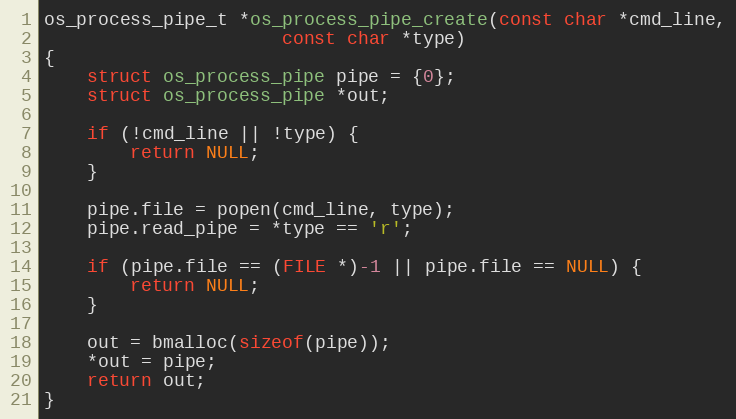
Language: C
os_process_pipe_t *os_process_pipe_create(const char *cmd_line,
					  const char *type)
{
	struct os_process_pipe pipe = {0};
	struct os_process_pipe *out;

	if (!cmd_line || !type) {
		return NULL;
	}

	pipe.file = popen(cmd_line, type);
	pipe.read_pipe = *type == 'r';

	if (pipe.file == (FILE *)-1 || pipe.file == NULL) {
		return NULL;
	}

	out = bmalloc(sizeof(pipe));
	*out = pipe;
	return out;
}